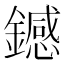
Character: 𫓏